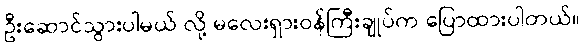
ဦးဆောင်သွားပါမယ် လို့ မလေးရှားဝန်ကြီးချုပ်က ပြောထားပါတယ်။